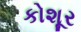
કોશૂર